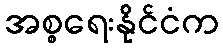
အစ္စရေးနိုင်ငံက